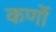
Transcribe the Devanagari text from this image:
कर्णो